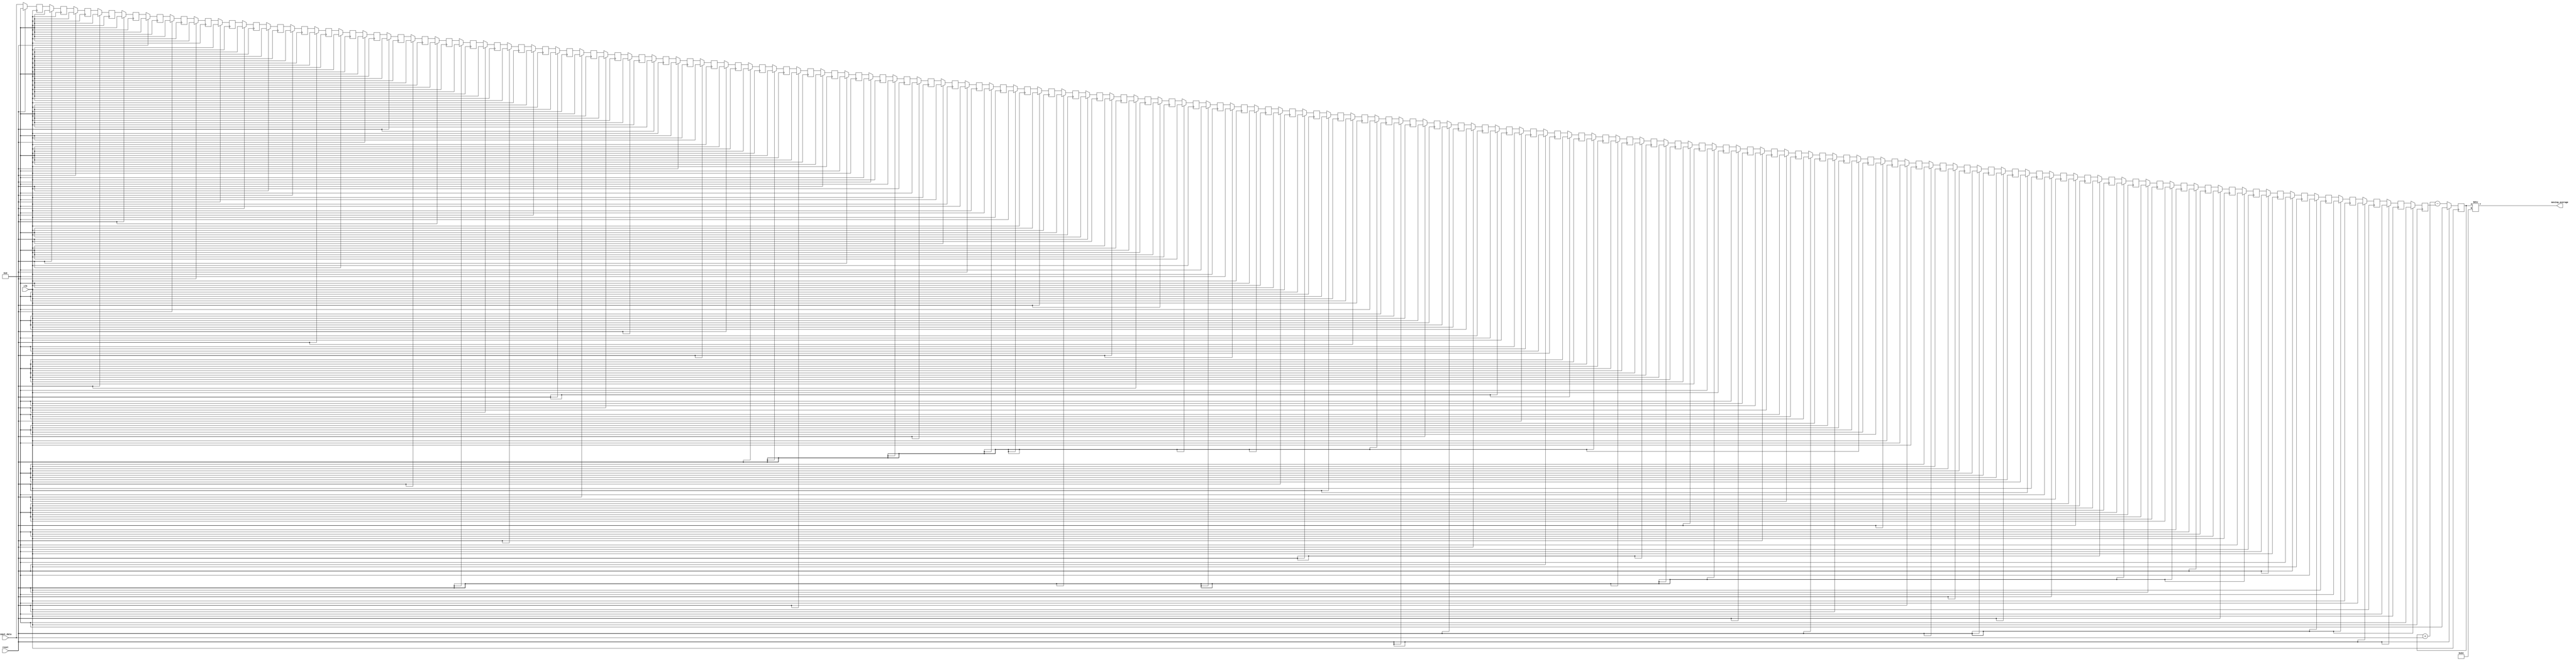
module moving_average_accumulator(
  input clk,
  input reset,
  input signed [15:0] input_data,
  output reg [31:0] moving_average
);

reg [15:0] data_array [0:99];
reg [15:0] sum = 0;
integer i;

always @(posedge clk)
begin
  if(reset)
  begin
    sum <= 0;
    for(i = 0; i < 100; i = i + 1)
      data_array[i] <= 0;
  end
  else
  begin
    sum <= sum + input_data - data_array[99];
    for(i = 99; i > 0; i = i - 1)
      data_array[i] <= data_array[i - 1];
    data_array[0] <= input_data;
  end
end

assign moving_average = sum / 100;

endmodule